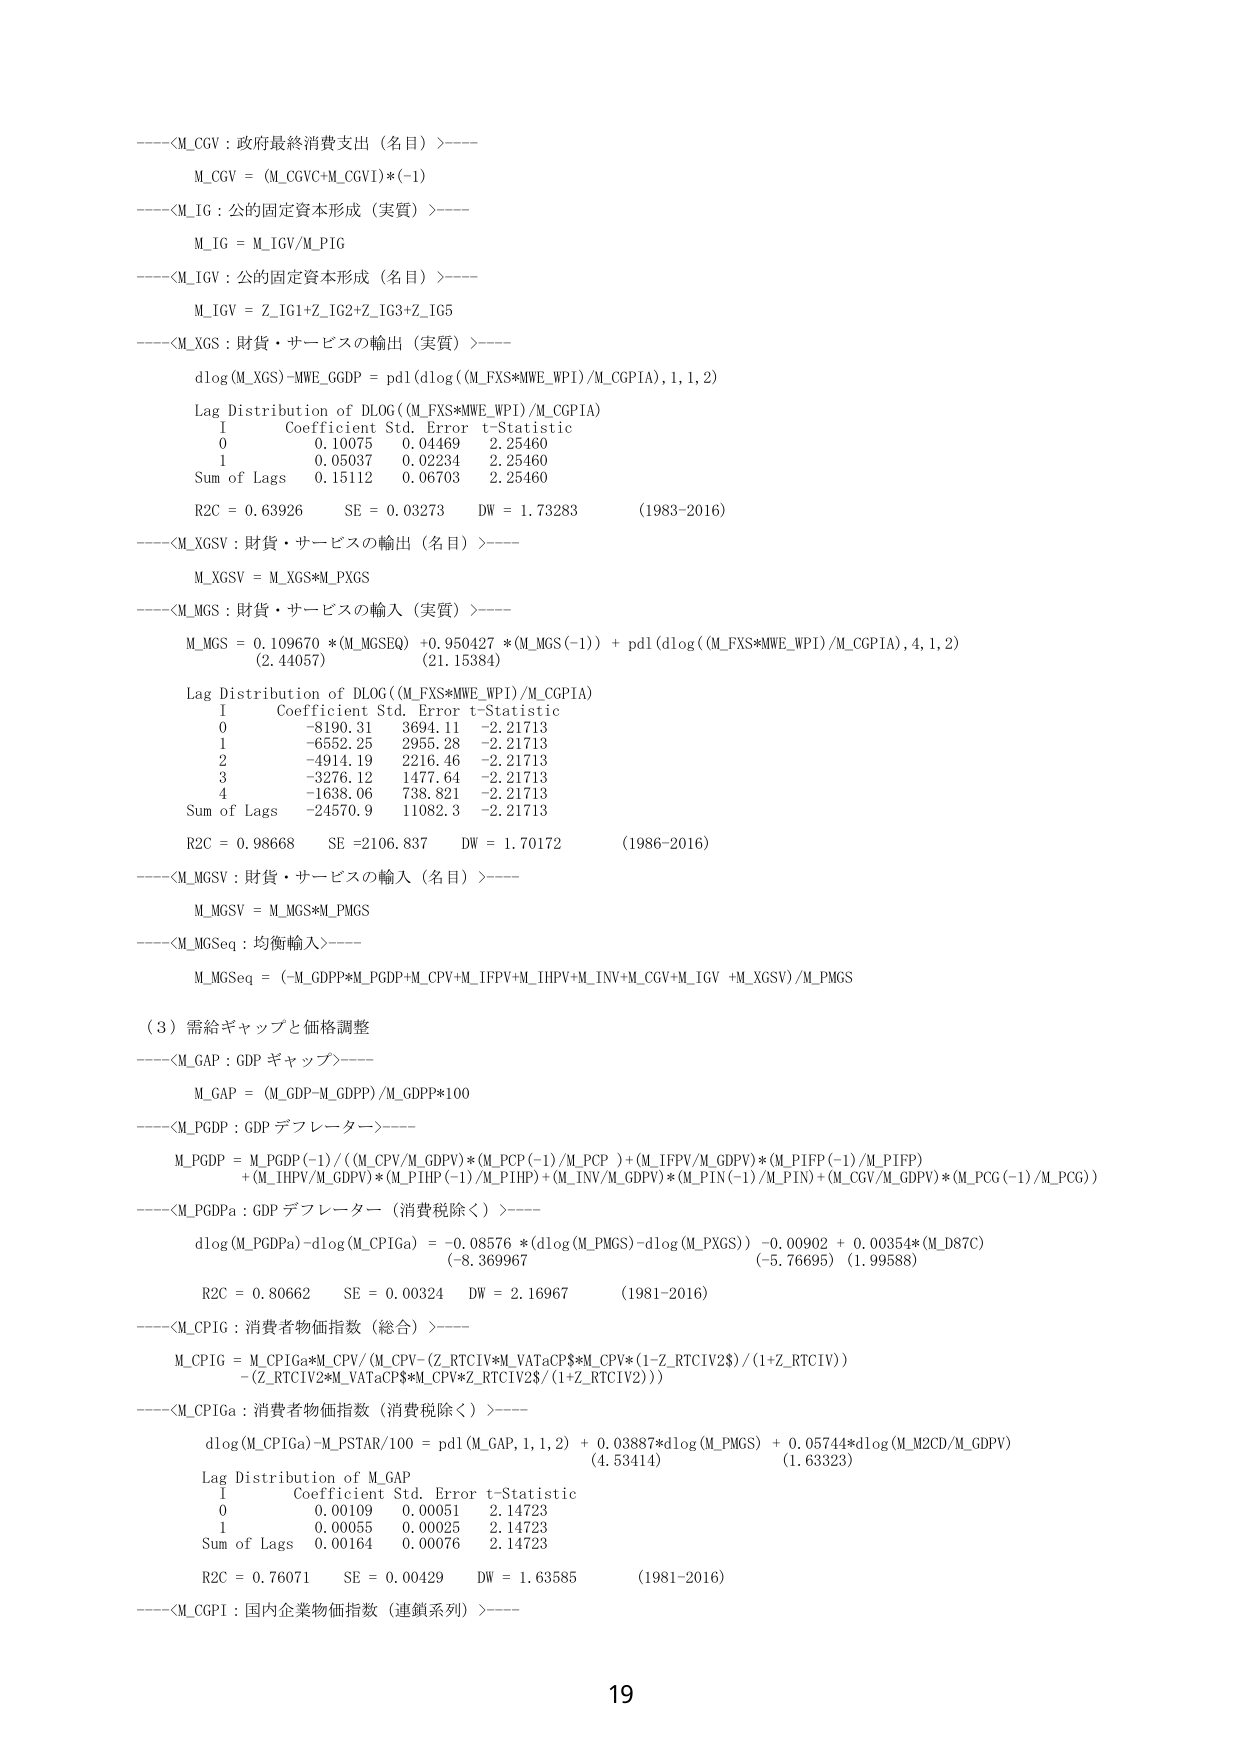
----<M_CGV : 政府最終消費支出（名目）>----
M_CGV = (M_CGVC+M_CGVI)*(-1)

----<M_IG : 公的固定資本形成（実質）>----
M_IG = M_IGV/M_PIG

----<M_IGV : 公的固定資本形成（名目）>----
M_IGV = Z_IG1+Z_IG2+Z_IG3+Z_IG5

----<M_XGS : 財貨・サービスの輸出（実質）>----
dlog(M_XGS)-MWE_GGDP = pd1(dlog((M_FXS*MWE_WPI)/M_CGPIA),1,1,2)
Lag Distribution of DLOG((M_FXS*MWE_WPI)/M_CGPIA)
I     Coefficient   Std. Error   t-Statistic
0     0.10075       0.04469      2.25460
1     0.05037       0.02234      2.25460
Sum of Lags   0.15112       0.06703      2.25460
R2C = 0.63926     SE = 0.03273     DW = 1.73283     (1983-2016)

----<M_XGSV : 財貨・サービスの輸出（名目）>----
M_XGSV = M_XGS*M_PXGS

----<M_MGS : 財貨・サービスの輸入（実質）>----
M_MGS = 0.109670 *(M_MGSEQ) +0.950427 *(M_MGS(-1)) + pd1(dlog((M_FXS*MWE_WPI)/M_CGPIA),4,1,2)
(2.44057)           (21.15384)
Lag Distribution of DLOG((M_FXS*MWE_WPI)/M_CGPIA)
I     Coefficient   Std. Error   t-Statistic
0     -8190.31      3694.11      -2.21713
1     -6552.25      2955.28      -2.21713
2     -4914.19      2216.46      -2.21713
3     -3276.12      1477.64      -2.21713
4     -1638.06      738.821      -2.21713
Sum of Lags   -24570.9      11082.3      -2.21713
R2C = 0.98668     SE =2106.837     DW = 1.70172     (1986-2016)

----<M_MGSV : 財貨・サービスの輸入（名目）>----
M_MGSV = M_MGS*M_PMGS

----<M_MGSeq : 均衡輸入>----
M_MGSeq = (-M_GDPP*M_PGDP+M_CPV+M_IFPV+M_IHPV+M_INV+M_CGV+M_IGV +M_XGSV)/M_PMGS

（3）需給ギャップと価格調整
----<M_GAP : GDP ギャップ>----
M_GAP = (M_GDP-M_GDPP)/M_GDPP*100

----<M_PGDP : GDP デフレーター>----
M_PGDP = M_PGDP(-1)/( (M_CPV/M_GDPV)*(M_PCP(-1)/M_PCP )+(M_IFPV/M_GDPV)*(M_PIFP(-1)/M_PIFP)
+(M_IHPV/M_GDPV)*(M_PIHP(-1)/M_PIHP)+(M_INV/M_GDPV)*(M_PIN(-1)/M_PIN)+(M_CGV/M_GDPV)*(M_PCG(-1)/M_PCG) )

----<M_PGDPa : GDP デフレーター（消費税除く）>----
dlog(M_PGDPa)-dlog(M_CPIGa) = -0.08576 *(dlog(M_PMGS)-dlog(M_PXGS)) -0.00902 + 0.00354*(M_D87C)
(-8.369967)           (-5.76695)   (1.99588)
R2C = 0.80662     SE = 0.00324     DW = 2.16967     (1981-2016)

----<M_CPIG : 消費者物価指数（総合）>----
M_CPIG = M_CPIGa*M_CPV/(M_CPV-(Z_RTCIV*M_VATaCP$*M_CPV*(1-Z_RTCIV2$)/(1+Z_RTCIV)))
-(Z_RTCIV2$*M_VATaCP$*M_CPV*Z_RTCIV2$/(1+Z_RTCIV2)))

----<M_CPIGa : 消費者物価指数（消費税除く）>----
dlog(M_CPIGa)-M_PSTAR/100 = pd1(M_GAP,1,1,2) + 0.03887*dlog(M_PMGS) + 0.05744*dlog(M_M2CD/M_GDPV)
(4.53414)           (1.63323)
Lag Distribution of M_GAP
I     Coefficient   Std. Error   t-Statistic
0     0.00109       0.00051      2.14723
1     0.00055       0.00025      2.14723
Sum of Lags   0.00164       0.00076      2.14723
R2C = 0.76071     SE = 0.00429     DW = 1.63585     (1981-2016)

----<M_CGPI : 国内企業物価指数（連鎖系列）>----

19